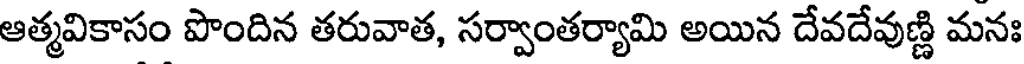
ఆత్మవికాసం పొందిన తరువాత, సర్వాంతర్యామి అయిన దేవదేవుణ్ణి మనః